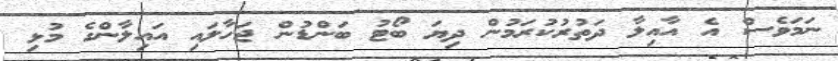
ނަމަވެސް އެ އާއިލާ ދަތުރުކުރަމުން ދިޔަ ބޯޓު ބަންޑުން ޖަހާލައި އައިލާންގެ މުޅި